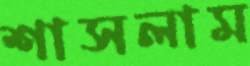
শাসলাম